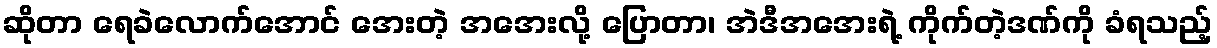
ဆိုတာ ရေခဲလောက်အောင် အေးတဲ့ အအေးလို့ ပြောတာ၊ အဲဒီအအေးရဲ့ ကိုက်တဲ့ဒဏ်ကို ခံရသည့်